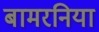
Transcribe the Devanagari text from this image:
बामरनिया